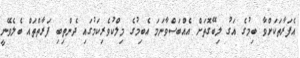
އެފަރާތަކަށްވާ ބިމުގެ އަގު ލިބޭގޮތަށް އެއްބަސްވާނަމަ އެބިމުގެ މިލްކުވެރިކަމުގައި ދެންތިބި ފަރާތްތައް ބެލެވޭނީ